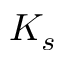
K _ { s }